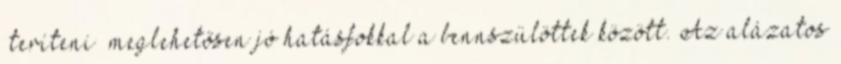
„teríteni” meglehetősen jó hatásfokkal a bennszülöttek között. Az alázatos